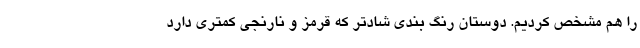
را هم مشخص کردیم. دوستان رنگ بندی شادتر که قرمز و نارنجی کمتری دارد